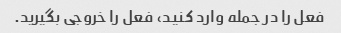
فعل را در جمله وارد کنید، فعل را خروجی بگیرید.